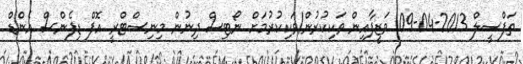
ތަފްސީލް 2013-04-09 ވަޒީފާއިން ވަކިކުރުން/ވަކިކުރުމަށް ނޯޓިސް ދިނުން މިނިސްޓްރީ އޮފް ޑިފެންސް އެންޑް